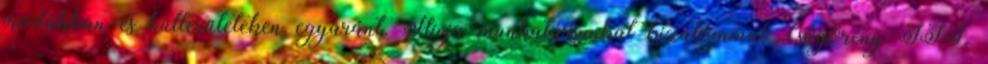
irodákban és külterületeken egyaránt. Hívja munkatársunkat bizalommal Csőgörény III.